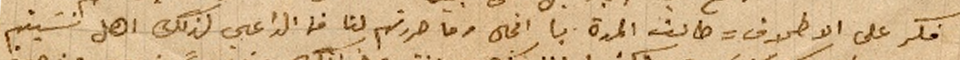
فكر على الاطلاق = طالت المدة يا انجال وما حررتم لنا فما الداعي لذلك اهل نسَيتم